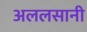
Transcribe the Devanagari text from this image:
अललसानी